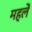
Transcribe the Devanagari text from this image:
महलें